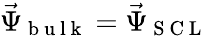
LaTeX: \vec{\Psi}_{\mathrm{~b~u~l~k~}}=\vec{\Psi}_{\mathrm{~S~C~L~}}